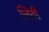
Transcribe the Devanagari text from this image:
लिती